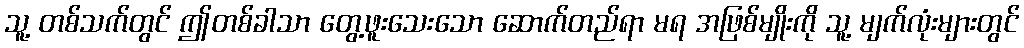
သူ့ တစ်သက်တွင် ဤတစ်ခါသာ တွေ့ဖူးသေးသော ဆောက်တည်ရာ မရ အဖြစ်မျိုးကို သူ့ မျက်လုံးများတွင်